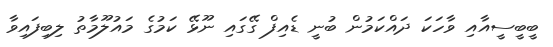
ބީބީސީއާއި ވާހަކަ ދައްކަމުން ބުނީ ޑެއިފް ގޭގައި ނޫޅޭ ކަމުގެ މައުލޫމާތު ލިބިފައިވާ